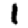
Digit: 1